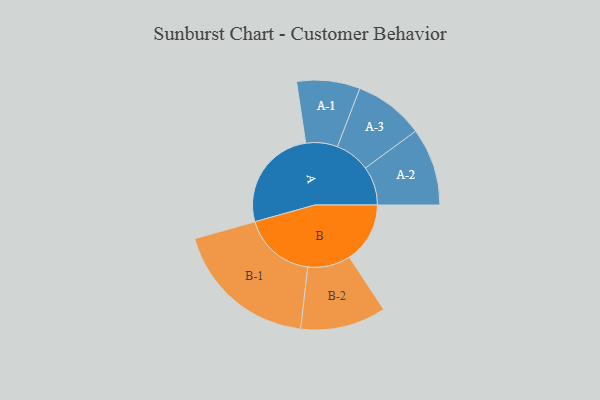
{"axis": {"x": "Segment", "y": "Value"}, "legend": ["", "A", "B"], "data": [{"x": "A", "y": 401, "type": ""}, {"x": "B", "y": 234, "type": ""}, {"x": "A-1", "y": 122, "type": "A"}, {"x": "A-2", "y": 150, "type": "A"}, {"x": "A-3", "y": 135, "type": "A"}, {"x": "B-1", "y": 280, "type": "B"}, {"x": "B-2", "y": 165, "type": "B"}]}